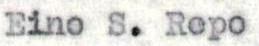
Eino S. Repo